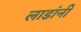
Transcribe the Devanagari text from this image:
लाडांनी